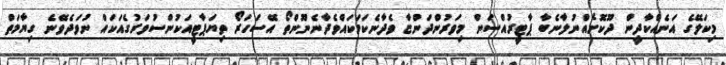
މިކަލޭގެ އަނެއްކާދީން ދޫކޮށެއްނުލާނެބާ ޕާޓީރުއްސަން މިވަރުންދަންޏާ ވެދާނެކަމަކައްވެދާނެނޫންތޯ އޭސަހަރޯ ތިޔަޕާޓީއަކުންސުވަރުގެއަކައް ނުވަދެވޭނެ ގިޔާމަތް